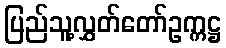
ပြည်သူ့လွှတ်တော်ဥက္ကဋ္ဌ